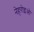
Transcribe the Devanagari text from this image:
नेहरोइओ